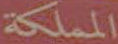
المملكة